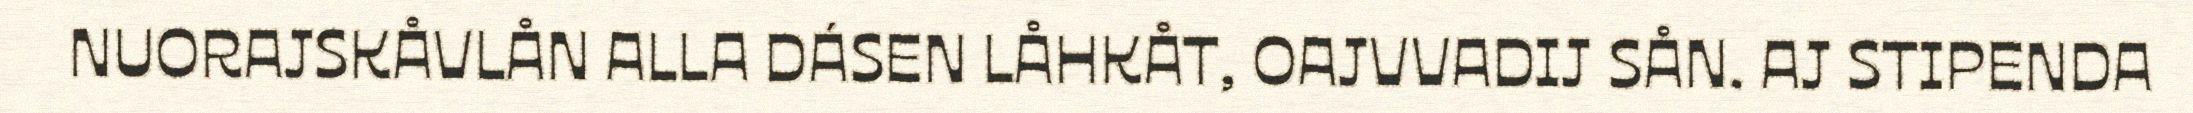
NUORAJSKÅVLÅN ALLA DÁSEN LÅHKÅT, OAJVVADIJ SÅN. AJ STIPENDA